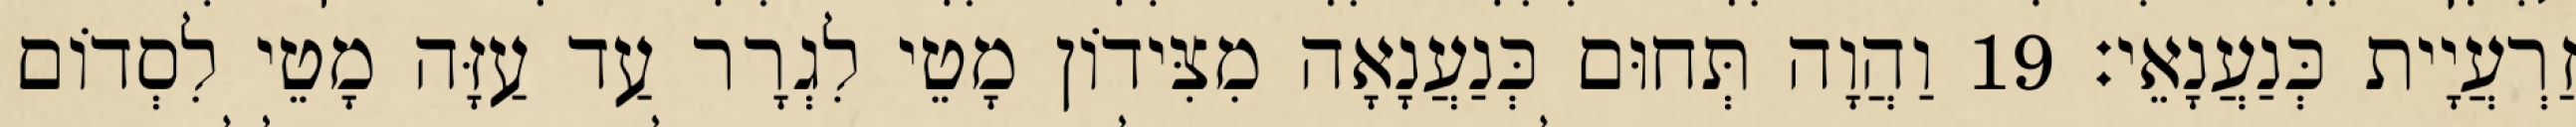
זַרְעֲיָית כְּנַעֲנָאֵי׃ 19 וַהֲוָה תְּחוּם כְּנַעֲנָאָה מִצִּידוֹן מָטֵי לִגְרָר עַד עַזָּה מָטֵי לִסְדוֹם